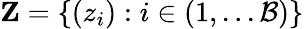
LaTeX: \textbf{Z}=\{ {(z_{i})}:i\in(1,...\mathcal{B})\}